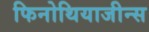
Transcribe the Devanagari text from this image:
फिनोथियाजीन्स